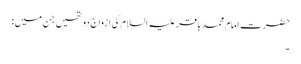
حضرت امام محمد باقر علیہ السلام کی ازواج دو تھیں جن میں :
۔